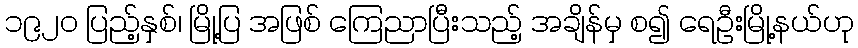
၁၉၂၀ ပြည့်နှစ်၊ မြို့ပြ အဖြစ် ကြေညာပြီးသည့် အချိန်မှ စ၍ ရေဦးမြို့နယ်ဟု